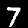
Digit: 7